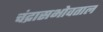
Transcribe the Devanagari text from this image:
चंद्रासभोवताल